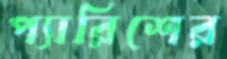
প্যারিশের